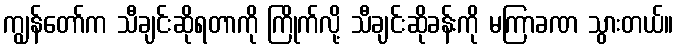
ကျွန်တော်က သီချင်းဆိုရတာကို ကြိုက်လို့ သီချင်းဆိုခန်းကို မကြာခဏ သွားတယ်။